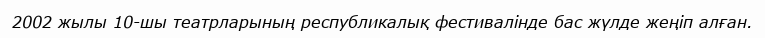
2002 жылы 10-шы театрларының республикалық фестивалінде бас жүлде жеңіп алған.